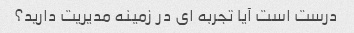
درست است آیا تجربه ای در زمینه مدیریت دارید؟